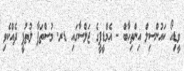
ވީޑިއޯ ކައުންސިލް އިންތިހާބް - އެމްޑީޕީގެ ޖަލްސާގައި ޑރ. މުސްތަފާ ލުތުފީ ދެއްކެވި